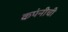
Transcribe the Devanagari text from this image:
कपंनीची